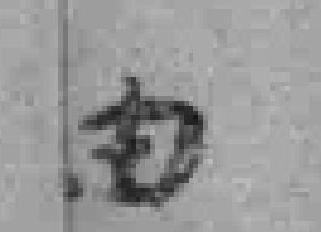
由